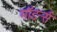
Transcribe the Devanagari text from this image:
मॉडर्न्स